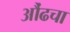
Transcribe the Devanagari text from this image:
औंढचा